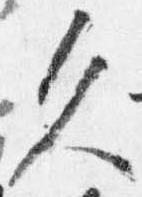
久